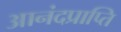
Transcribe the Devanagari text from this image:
आनंदप्राप्ति